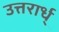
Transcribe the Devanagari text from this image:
उत्तरार्ध्